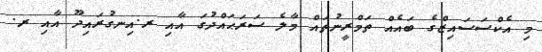
މި އެކްސަސައިޒްގެ ބައެއް ތަމްރީނުތައް މާލެ ސަރަޙައްދުގަ އާއި ރ.އިނގުރައިދޫ އާއި ރ.